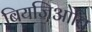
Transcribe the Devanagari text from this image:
बियजिओत्ति